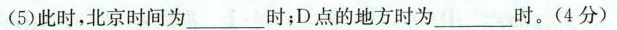
(5)此时，北京时间为___时；D点的地方时为___时。(4分)